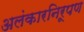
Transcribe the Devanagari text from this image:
अलंकारनिरूपण